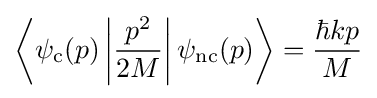
\left\langle \psi _{\mathrm {c} }(p)\left|{\frac {p^{2}}{2M}}\right|\psi _{\mathrm {nc} }(p)\right\rangle ={\frac {\hbar kp}{M}}